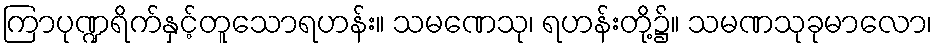
ကြာပုဏ္ဍရိက်နှင့်တူသောရဟန်း။ သမဏေသု၊ ရဟန်းတို့၌။ သမဏသုခုမာလော၊